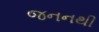
જનનથી